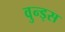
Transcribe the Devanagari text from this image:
वुन्ड्स